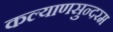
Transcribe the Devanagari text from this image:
कल्याणसुन्दरम